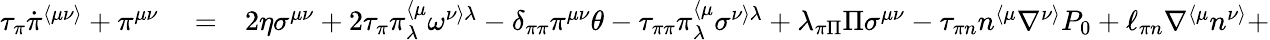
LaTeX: \begin{array}{rlr}{\tau_{\pi}\dot{\pi}^{\langle\mu\nu\rangle}+\pi^{\mu\nu}}&{{}=}&{2\eta\sigma^{\mu\nu}+2\tau_{\pi}\pi_{\lambda}^{\langle\mu}\omega^{\nu\rangle\lambda}-\delta_{\pi\pi}\pi^{\mu\nu}\theta-\tau_{\pi\pi}\pi_{\lambda}^{\langle\mu}\sigma^{\nu\rangle\lambda}+\lambda_{\pi\Pi}\Pi\sigma^{\mu\nu}-\tau_{\pi n}n^{\langle\mu}\nabla^{\nu\rangle}P_{0}+\ell_{\pi n}\nabla^{\langle\mu}n^{\nu\rangle}+}\end{array}